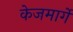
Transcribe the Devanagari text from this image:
केजमार्गे